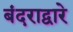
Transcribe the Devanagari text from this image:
बंदराद्वारे